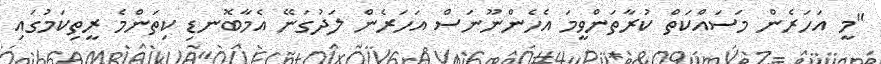
"މީ އަހަރެން މަސައްކަތް ކުރާތަންވީމަ އެހެންނޫނަސް އަހަރެން ލަދުގަނޭ އެމާބޮނޑި ކިތަންމެ ރީތިކަމުގައި